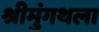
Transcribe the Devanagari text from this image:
श्रीमुंगथला